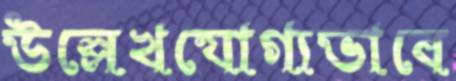
উল্লেখযোগ্যভাবে